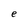
Character: e